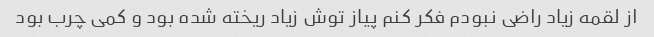
از لقمه زیاد راضی نبودم فکر کنم پیاز توش زیاد ریخته شده بود و کمی چرب بود